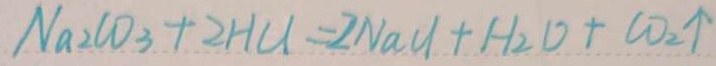
N a _ { 2 } C O _ { 3 } + 2 H C l = 2 N a C l + H _ { 2 } D + C O _ { 2 } \uparrow